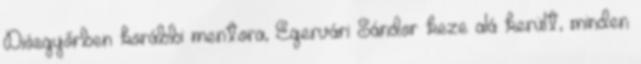
Diósgyőrben korábbi mentora, Egervári Sándor keze alá került, minden